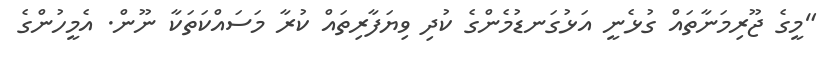
"މީގެ ޖޫރިމަނާތައް ގުޅެނީ އަޅުގަނޑުމެންގެ ކުދި ވިޔަފާރިތައް ކުރާ މަސައްކަތަކާ ނޫން. އެމީހުންގެ